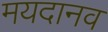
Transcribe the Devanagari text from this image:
मयदानव